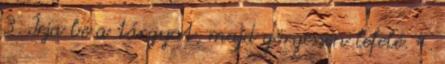
3. Írja be a tárgyat, majd görgessen lefelé. 4.